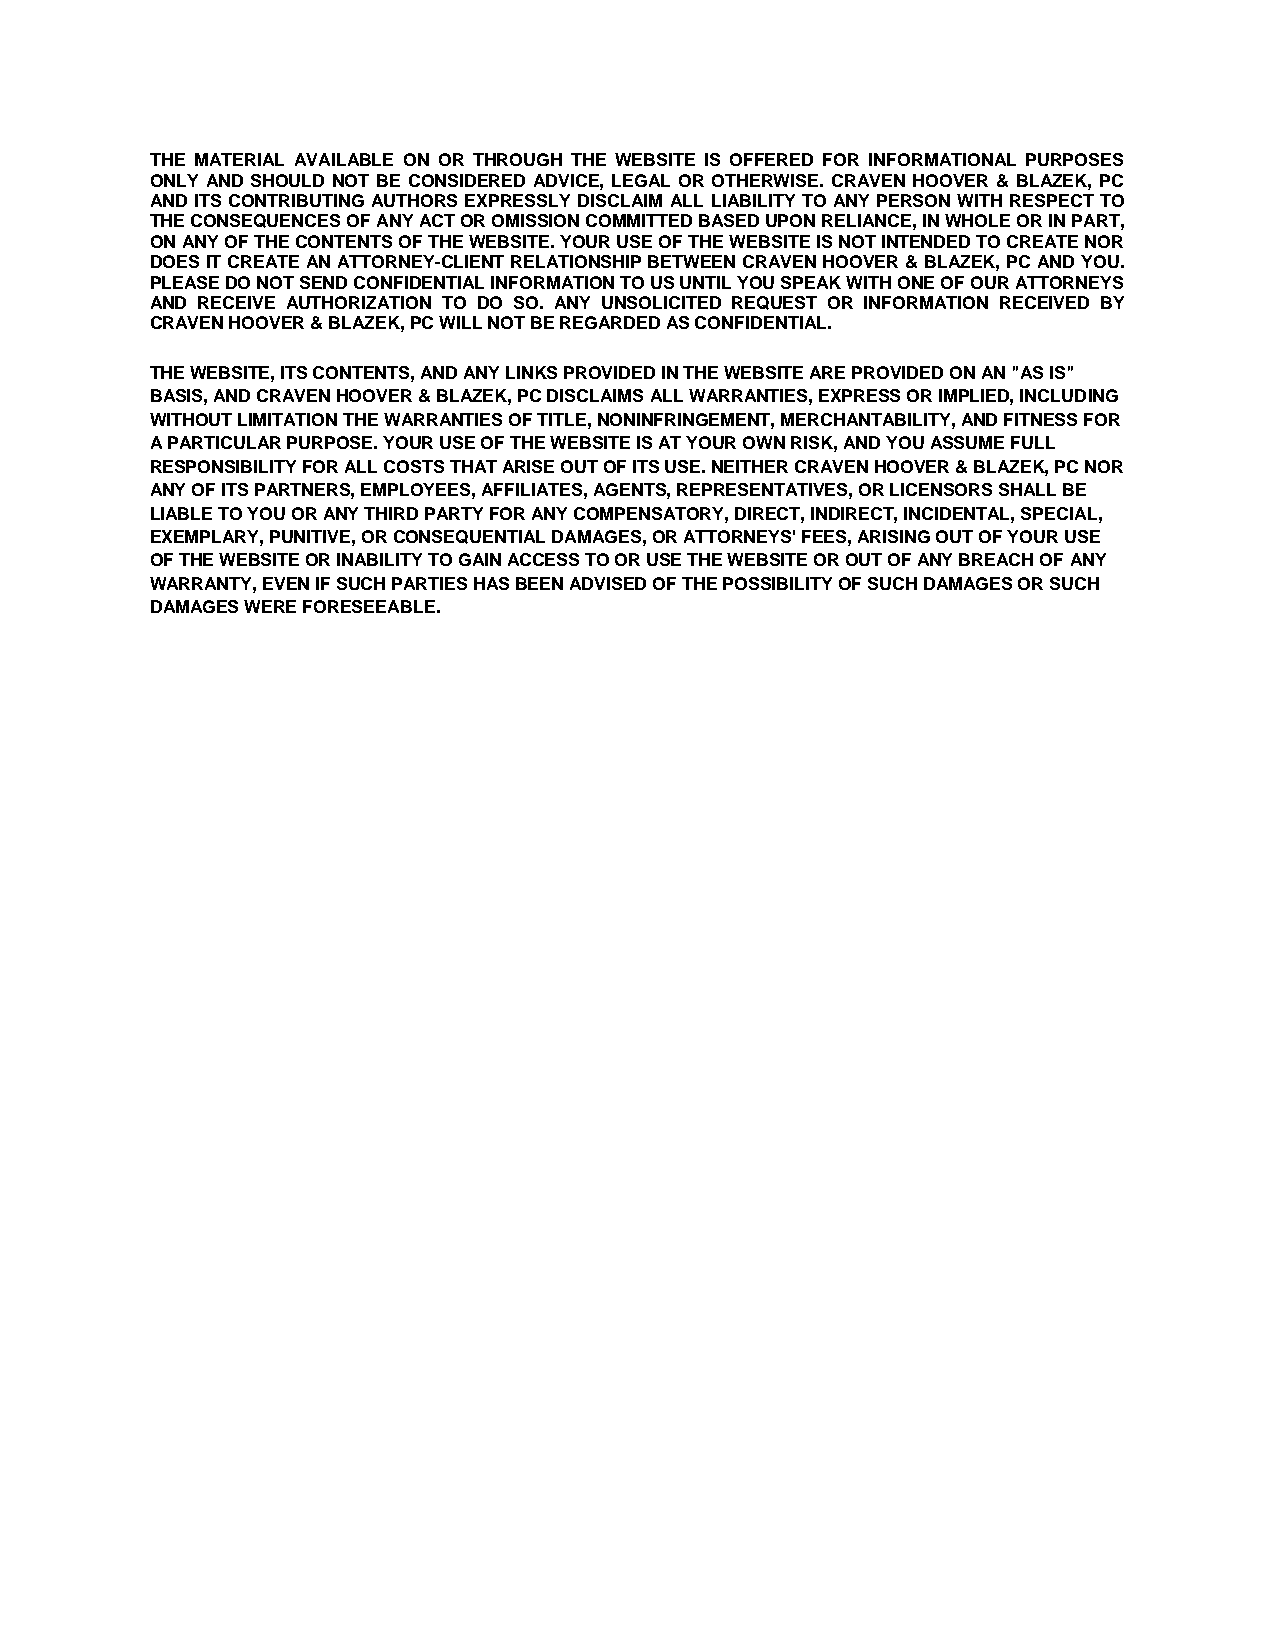
THE MATERIAL AVAILABLE ON OR THROUGH THE WEBSITE IS OFFERED FOR INFORMATIONAL PURPOSES
 ONLY AND SHOULD NOT BE CONSIDERED ADVICE, LEGAL OR OTHERWISE. CRAVEN HOOVER & BLAZEK, PC
 AND ITS CONTRIBUTING AUTHORS EXPRESSLY DISCLAIM ALL LIABILITY TO ANY PERSON WITH RESPECT TO
 THE CONSEQUENCES OF ANY ACT OR OMISSION COMMITTED BASED UPON RELIANCE, IN WHOLE OR IN PART,
 ON ANY OF THE CONTENTS OF THE WEBSITE. YOUR USE OF THE WEBSITE IS NOT INTENDED TO CREATE NOR
 DOES IT CREATE AN ATTORNEY-CLIENT RELATIONSHIP BETWEEN CRAVEN HOOVER & BLAZEK, PC AND YOU.
 PLEASE DO NOT SEND CONFIDENTIAL INFORMATION TO US UNTIL YOU SPEAK WITH ONE OF OUR ATTORNEYS
 AND RECEIVE AUTHORIZATION TO DO SO. ANY UNSOLICITED REQUEST OR INFORMATION RECEIVED BY
 CRAVEN HOOVER & BLAZEK, PC WILL NOT BE REGARDED AS CONFIDENTIAL.
 THE WEBSITE, ITS CONTENTS, AND ANY LINKS PROVIDED IN THE WEBSITE ARE PROVIDED ON AN "AS IS"
 BASIS, AND CRAVEN HOOVER & BLAZEK, PC DISCLAIMS ALL WARRANTIES, EXPRESS OR IMPLIED, INCLUDING
 WITHOUT LIMITATION THE WARRANTIES OF TITLE, NONINFRINGEMENT, MERCHANTABILITY, AND FITNESS FOR
 A PARTICULAR PURPOSE. YOUR USE OF THE WEBSITE IS AT YOUR OWN RISK, AND YOU ASSUME FULL
 RESPONSIBILITY FOR ALL COSTS THAT ARISE OUT OF ITS USE. NEITHER CRAVEN HOOVER & BLAZEK, PC NOR
 ANY OF ITS PARTNERS, EMPLOYEES, AFFILIATES, AGENTS, REPRESENTATIVES, OR LICENSORS SHALL BE
 LIABLE TO YOU OR ANY THIRD PARTY FOR ANY COMPENSATORY, DIRECT, INDIRECT, INCIDENTAL, SPECIAL,
 EXEMPLARY, PUNITIVE, OR CONSEQUENTIAL DAMAGES, OR ATTORNEYS' FEES, ARISING OUT OF YOUR USE
 OF THE WEBSITE OR INABILITY TO GAIN ACCESS TO OR USE THE WEBSITE OR OUT OF ANY BREACH OF ANY
 WARRANTY, EVEN IF SUCH PARTIES HAS BEEN ADVISED OF THE POSSIBILITY OF SUCH DAMAGES OR SUCH
 DAMAGES WERE FORESEEABLE.